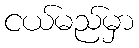
ငယ်မည်မှာ